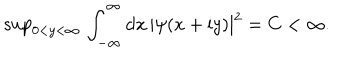
\mathrm { s u p } _ { 0 < y < \infty } \, \int _ { - \infty } ^ { \infty } \mathrm { d } x \, | \psi ( x + \mathrm { i } y ) | ^ { 2 } = C < \infty .